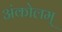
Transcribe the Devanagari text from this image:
अंकोलम्